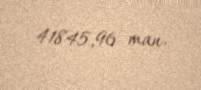
41845,96 man.